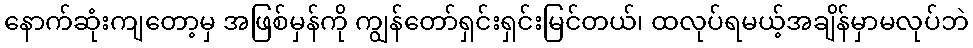
နောက်ဆုံးကျတော့မှ အဖြစ်မှန်ကို ကျွန်တော်ရှင်းရှင်းမြင်တယ်၊ ထလုပ်ရမယ့်အချိန်မှာမလုပ်ဘဲ